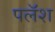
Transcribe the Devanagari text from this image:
पलॅश